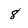
Character: 8